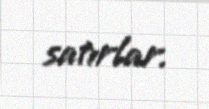
satırlar.